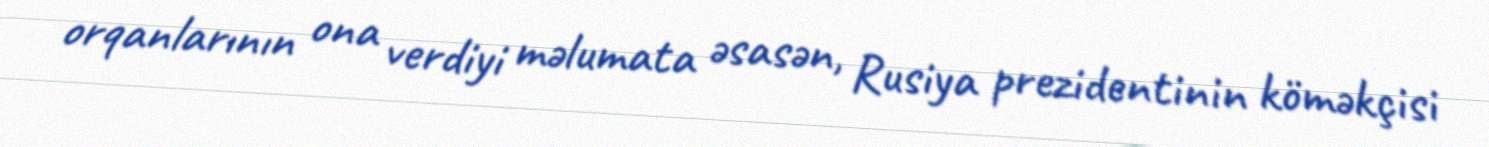
orqanlarının ona verdiyi məlumata əsasən, Rusiya prezidentinin köməkçisi